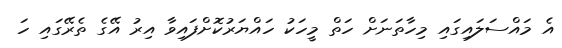
އެ މައްސަލައިގައި މިހާތަނަށް ހަތް މީހަކު ހައްޔަރުކޮށްފައިވާ އިރު އޭގެ ތެރޭގައި ހަ